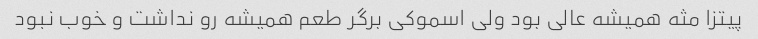
پیتزا مثه همیشه عالی بود ولی اسموکی برگر طعم همیشه رو نداشت و خوب نبود